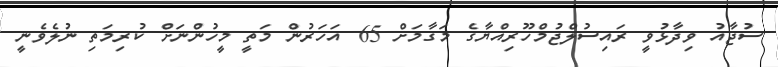
ސުޖާއު ވިދާޅުވީ ރައިސުލްޖުމްހޫރިއްޔާގެ މަގާމަށް 65 އަހަރުން މަތީ މީހުންނަށް ކުރިމަތި ނުލެވެނީ